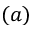
( a )